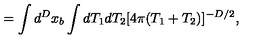
= \int d ^ { D } x _ { b } \int d T _ { 1 } d T _ { 2 } [ 4 \pi ( T _ { 1 } + T _ { 2 } ) ] ^ { - D / 2 } ,